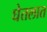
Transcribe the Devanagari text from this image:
घेतलात